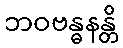
ဘဝဗန္ဓနန္တိ